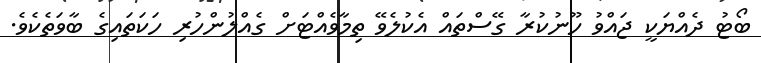
ބޯޓު ދެއްޔަކީ ޖައްވު ހޫނުކުރާ ގޭސްތައް އެކުލެވޭ ތިމާވެއްޓަށް ގެއްލުންހުރި ހަކަތައިގެ ބާވަތެކެވެ.